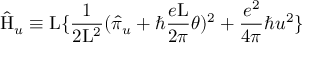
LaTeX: \hat { \mathrm { H } } _ { u } \equiv \mathrm { L } \{ \frac { 1 } { 2 \mathrm { L } ^ { 2 } } ( \hat { \pi } _ { u } + \hbar \frac { e \mathrm { L } } { 2 \pi } \theta ) ^ { 2 } + \frac { e ^ { 2 } } { 4 \pi } \hbar u ^ { 2 } \}